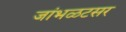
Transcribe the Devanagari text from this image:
जांभळटसर